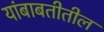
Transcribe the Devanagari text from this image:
यांबाबतीतील